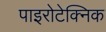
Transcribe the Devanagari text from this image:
पाइरोटेक्निक